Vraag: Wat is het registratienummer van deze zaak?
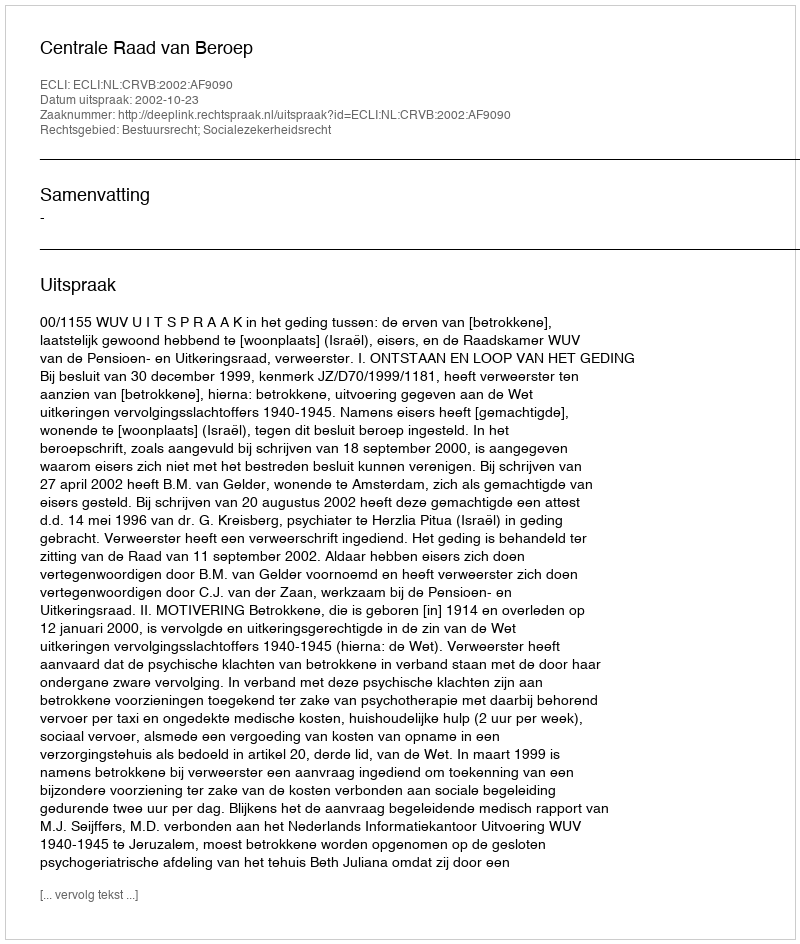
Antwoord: http://deeplink.rechtspraak.nl/uitspraak?id=ECLI:NL:CRVB:2002:AF9090